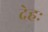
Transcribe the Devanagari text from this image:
देहः